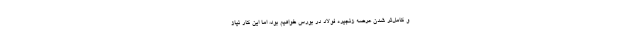
و کامل‌تر شدن عرضه زنجیره فولاد در بورس خواهیم بود، اما این کار نیاز